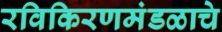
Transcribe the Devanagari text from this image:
रविकिरणमंडळाचे